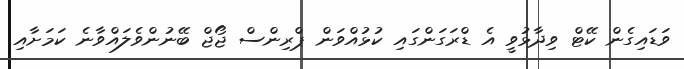
ވަޑައިގެން ކޭޓް ވިދާޅުވީ އެ ޑްރަގަންގައި ކުޅުއްވަން ޕްރިންސް ޖޯޖް ބޭނުންވެލައްވާނެ ކަމަށާއި